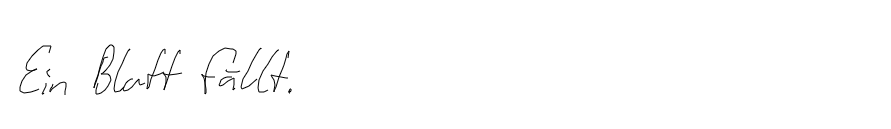
Ein Blatt fällt.